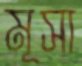
মূসা